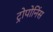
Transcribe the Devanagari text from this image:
ट्रोपोनिंस